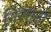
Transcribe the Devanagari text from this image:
निरंतरा